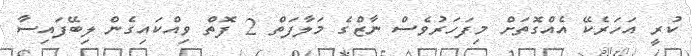
ކުރީ އަހަރެކޭ އެއްގޮތަށް މިފަހަރުވެސް ނާޒްގެ މަލާފަތް 2 ފޮތް ވިއްކައިގެން ލިބޭފައިސާ